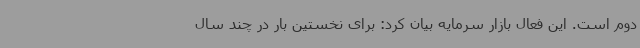
دوم است. این فعال بازار سرمایه بیان کرد: برای نخستین بار در چند سال